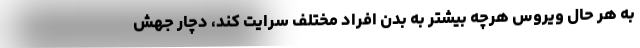
به هر حال ویروس هرچه بیشتر به بدن افراد مختلف سرایت کند، دچار جهش